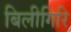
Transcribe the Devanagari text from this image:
बिलीगिरि